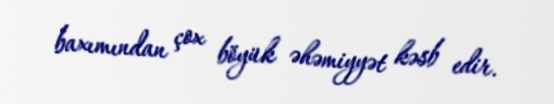
baxımından çox böyük əhəmiyyət kəsb edir.